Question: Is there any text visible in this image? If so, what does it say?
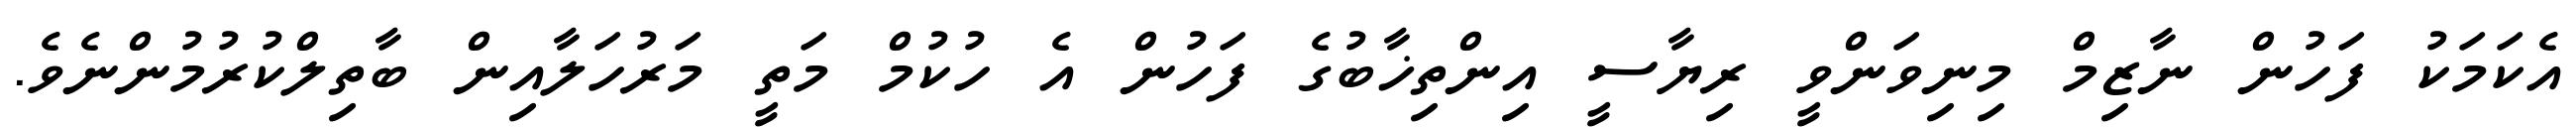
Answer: އެކަމަކު ފަހުން ނާޒިމް މިނިވަންވީ ރިޔާސީ އިންތިޚާބުގެ ފަހުން އެ ހުކުމް މަތީ މަރުހަލާއިން ބާތިލްކުރުމުންނެވެ.